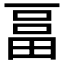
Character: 𤲇